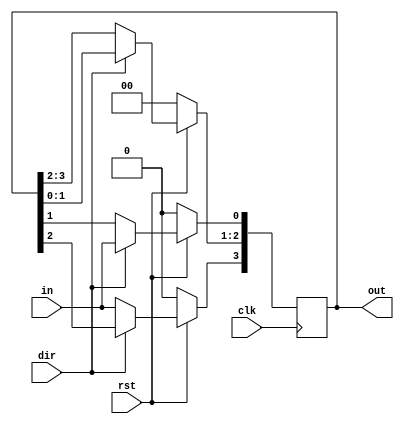
//bidirectional shift register yaparm yapmasna da hangi tr?? serial ya da parallel out olabilir

`timescale 1ns/1ps

module biDirShift(in, out, clk, rst, dir);
  
  
  input in, clk, rst, dir;
  
  output reg [3:0]out;
  
  always @(posedge clk) begin
    
    if(~rst) out=4'b0000; //reset
    
    else begin
      if(dir) begin
        out<=out<<1;//bufferi 1 sola kaydr
        out[0]<=in;//bufferin lsb ini kaydrlacak veriye eitle
      end
      
      else begin
        out<=out>>1;//bufferi 1 saa kaydr
        out[3]<=in;//bufferin msb ini kaydrlacak veriye eitle
      end
          
    end
  end
  
endmodule